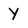
Character: y